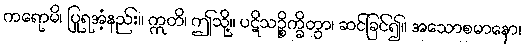
ကရောမိ၊ ပြုရအံ့နည်း။ ဣတိ၊ ဤသို့။ ပဋိသဉ္စိက္ခိတွာ၊ ဆင်ခြင်၍။ အသောစမာနော၊